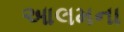
આલમના